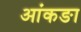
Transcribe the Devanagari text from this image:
आंकङा